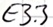
Text: E3.3